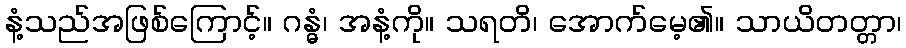
နံ့သည်အဖြစ်ကြောင့်။ ဂန္ဓံ၊ အနံ့ကို။ သရတိ၊ အောက်မေ့၏။ သာယိတတ္တာ၊